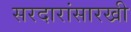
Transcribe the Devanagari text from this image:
सरदारांसारखी